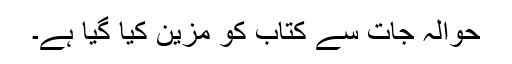
حوالہ جات سے کتاب کو مزین کیا گیا ہے۔